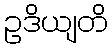
ဥဒိယျတိ